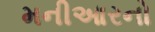
મનીઆરનો